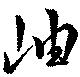
岫